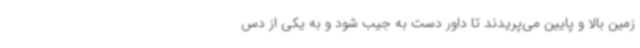
زمین بالا و پایین می‌پریدند تا داور دست به جیب شود و به یکی از دس